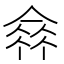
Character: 𠌺